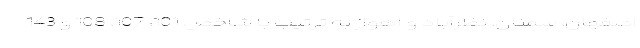
اصفهان، سمنان، نظرآباد و اهواز به ترتیب با شاخص 101، 107، 108 و 143